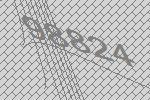
98824